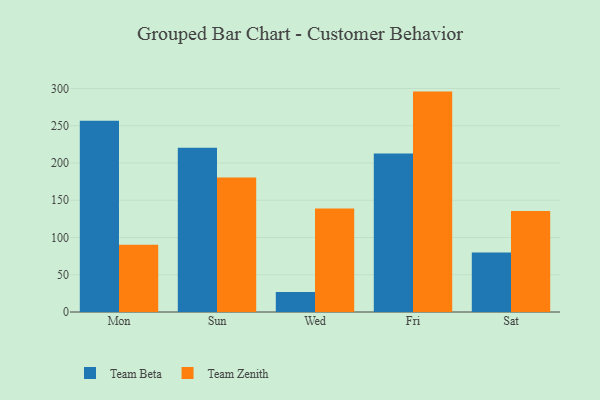
{"axis": {"x": "Day", "y": "Satisfaction Score"}, "legend": ["Team Beta", "Team Zenith"], "data": [{"x": "Mon", "y": 256.8, "type": "Team Beta"}, {"x": "Mon", "y": 90.3, "type": "Team Zenith"}, {"x": "Sun", "y": 220.3, "type": "Team Beta"}, {"x": "Sun", "y": 180.5, "type": "Team Zenith"}, {"x": "Wed", "y": 26.7, "type": "Team Beta"}, {"x": "Wed", "y": 138.9, "type": "Team Zenith"}, {"x": "Fri", "y": 212.6, "type": "Team Beta"}, {"x": "Fri", "y": 295.8, "type": "Team Zenith"}, {"x": "Sat", "y": 80.0, "type": "Team Beta"}, {"x": "Sat", "y": 135.5, "type": "Team Zenith"}]}